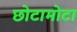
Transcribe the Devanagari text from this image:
छोटामोटा